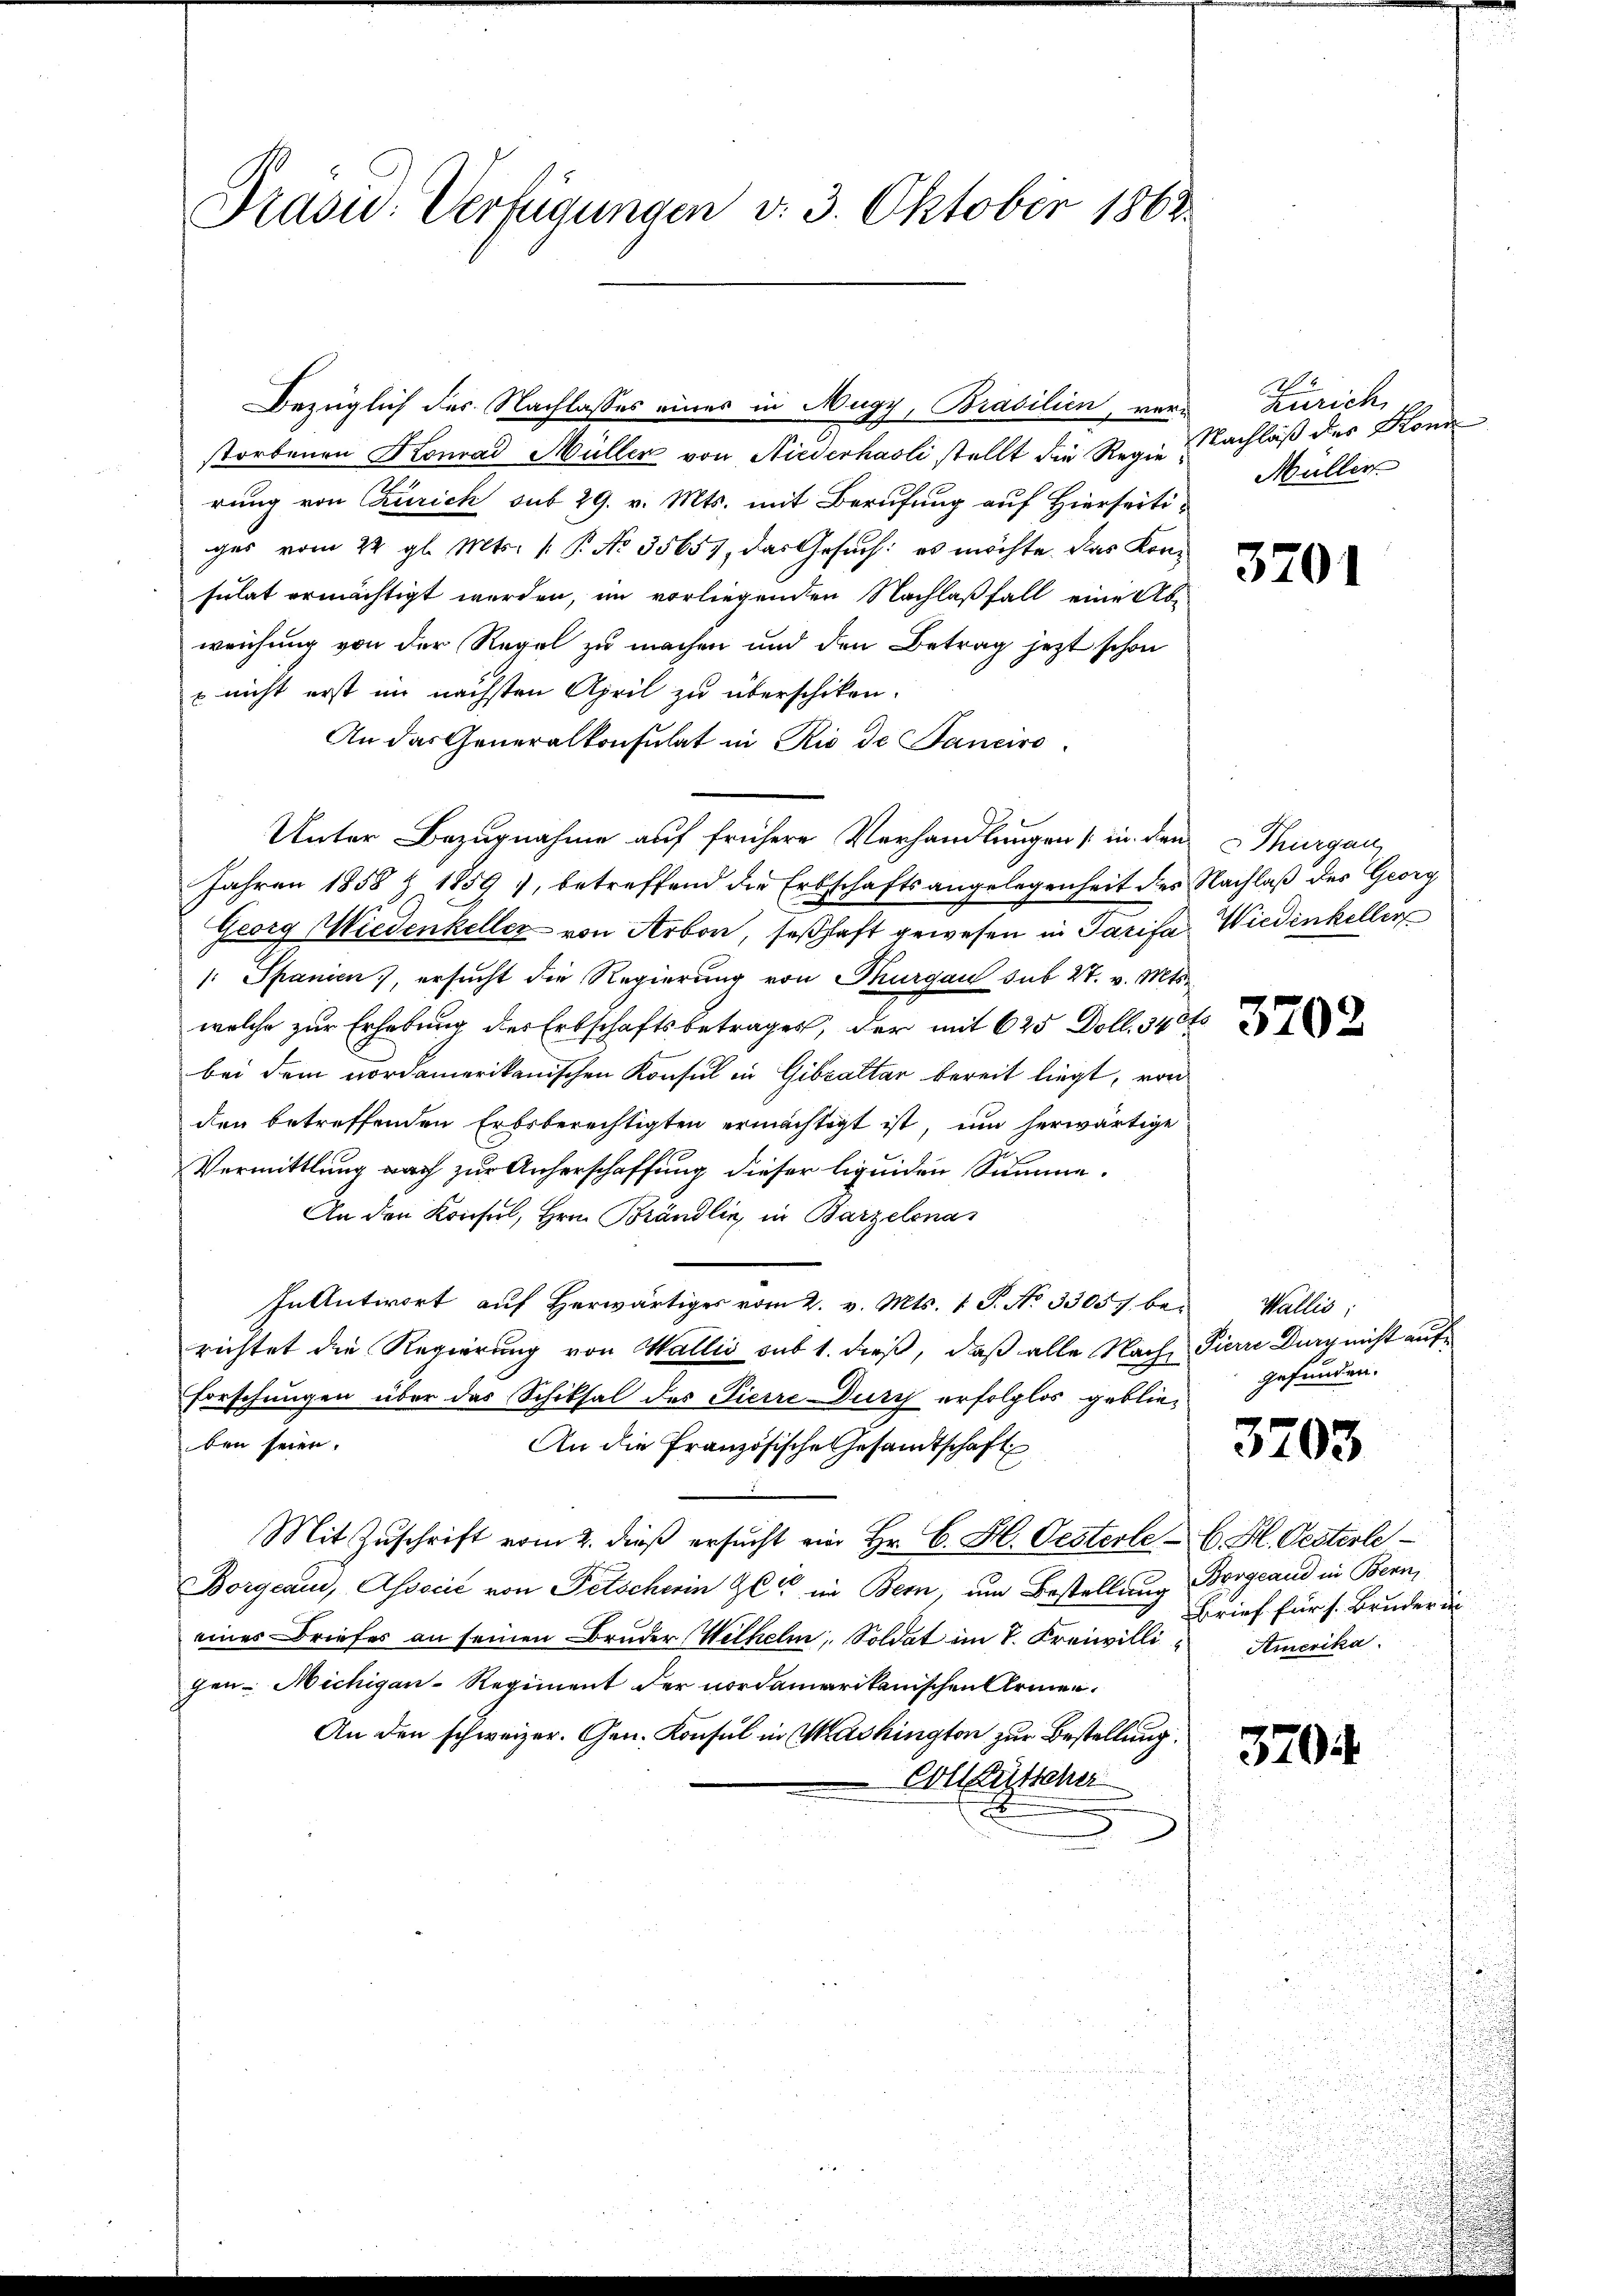
Präsid.: Verfügungen v. 3. Oktober 1868

Bezüglich der Nachlasses eines in Nugy, Brasilien, ver-
storbenen Konrad Müller von Niederhasli stellt die Regierung von Zürich sub 29. v. Mts. mit Berufung auf Hierseitiges vom 22. gl. Mts. 1. P. No 35657, das Gesuch: es möchte. Das Konsulat ermächtigt werden, im vorliegenden Nachlaßfall eine Abweichung von der Regel zu machen und den Betrag jezt schon
 nicht erst im nächsten April zu überschiken.
An das Generalkonsulat in Rio de Sanciro
Unter Bezugnahme auf frühere Verhandlungen in den Thurgan
Jahren 1858 Z 1859, betreffend die Erbschaftsangelegenheit des Nachlaß des Georg
Georg Wiedenkeller von Arbon, seßhaft gewesen in Tarifa Wiedenkeller
/: Spanien), ersucht die Regierung von Thurgau sub 27. v. Mts.
welche zur Erhebung des Erbschaftsbetrages, der mit 625 Doll. 340
bei dem nordamerikanischen Konsul in Gibvaltar bereit liegt, von
den betreffenden Erbsberechtigten ermächtigt ist, um herwärtige
Vermittlung nach zur Anherschaffung dieser liquiden Summe.
An den Konsul, Hrn. Brändlin, in Barzelena
In Antwort aŭf herwärtiges vom 2. v. Mts. 1 S. No 33057 be- Wallis:
richtet die Regierung von Wallis sub 1. dieß, daß alle Nach Pierre Dug nicht auf
Forschungen über das Schiksal des Pierre Durch erfolglos geblieben seien.
An die französische Gesandtschaft
Mit Zuschrift vom 2. dieß ersucht ein Hr. C. H. Oesterle E. H. Oesterle
Borgeau, Associć von Fetschein Zeit im Bern, um Bestellung Borgeand in Bern,
eines Briefes an seinen Bruder Wilhelm, Soldat im 8. Freiwilli Amerika
gen Michigan-Regiment der nordamerikanischen Armen¬
An den schweizer. Gen. Konsul in Washington zur Bestellung.
Colleritscher

Zürich v.
Nachlaß der Blonde
Müller

3701

3702

gefunden.

3703

Brief für s. Bruder in

3704